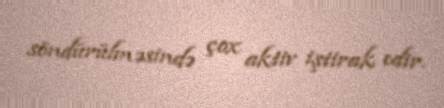
söndürülməsində çox aktiv iştirak edir.